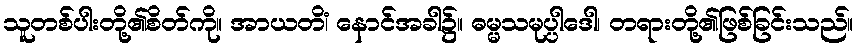
သူတစ်ပါးတို့၏စိတ်ကို။ အာယတိံ၊ နောင်အခါ၌။ ဓမ္မသမုပ္ပါဒေါ၊ တရားတို့၏ဖြစ်ခြင်းသည်။